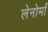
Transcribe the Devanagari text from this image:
लेनोर्मां